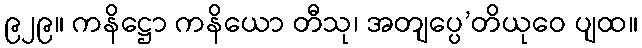
၉၂၉။ ကနိဋ္ဌော ကနိယော တီသု၊ အတျပ္ပေ’တိယုဝေ ပျထ။